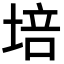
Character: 培